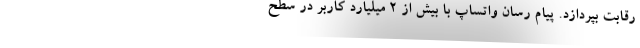
رقابت بپردازد. پیام رسان واتساپ با بیش از ۲ میلیارد کاربر در سطح